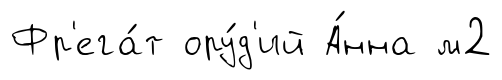
Фр'ега́т ору́д'ий А́нна м2